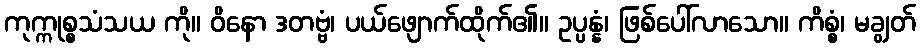
ကုက္ကုစ္စသံသယ ကို။ ဝိနော ဒတဗ္ဗံ၊ ပယ်ဖျောက်ထိုက်၏။ ဥပ္ပန္နံ၊ ဖြစ်ပေါ်လာသော။ ကိစ္စံ၊ မချွတ်